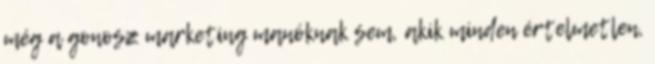
még a gonosz marketing manóknak sem, akik minden értelmetlen,